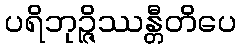
ပရိဘုဉ္ဇိဿန္တီတိပေ